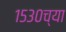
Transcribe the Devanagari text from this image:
१५३०च्या